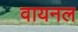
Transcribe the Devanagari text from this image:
वायनल